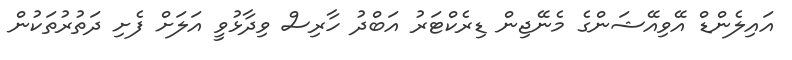
އައިލެންޑް އޭވިއޭޝަންގެ މެނޭޖިން ޑިރެކްޓަރު އަބްދު ހާރިސް ވިދާޅުވީ އަލަށް ފެށި ދަތުރުތަކުން